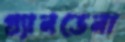
গ্র্যানডেনা